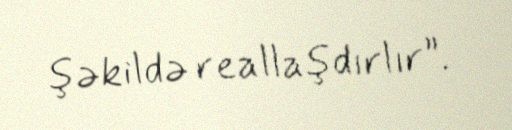
şəkildə reallaşdırlır”.